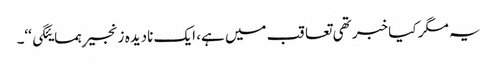
یہ مگر کیا خبر تھی تعاقب میں ہے، ایک نادیدہ زنجیرِ ہمسایئگی‘‘۔